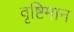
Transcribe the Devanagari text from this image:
वृष्टिमान